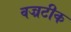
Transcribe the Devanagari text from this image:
वज्रटीक